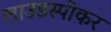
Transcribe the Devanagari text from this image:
लाउडस्‍पीकर